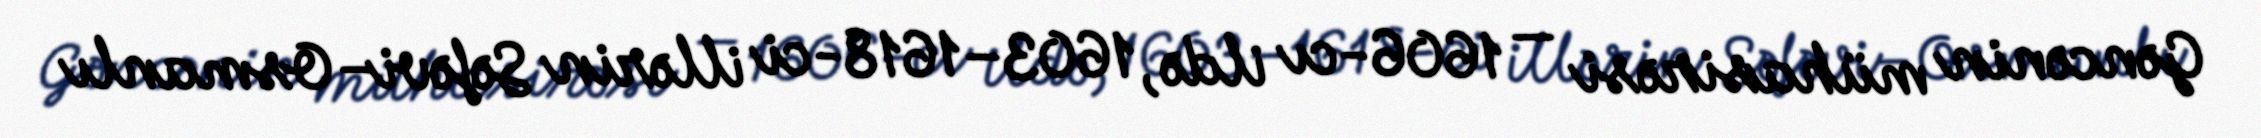
Gəncənin mühasirəsi — 1606-cı ildə, 1603–1618-ci illərin Səfəvi–Osmanlı